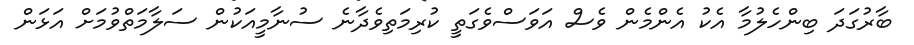
ބާރުގަދަ ބިންހެލުމާ އެކު އެންމެން ވެސް އަވަސްވެގަތީ ކުރިމަތިވެދާނެ ސުނާމީއަކުން ސަލާމަތްވުމަށް އަޅަން